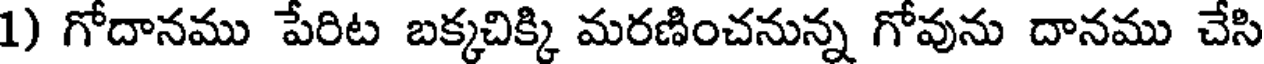
1) గోదానము పేరిట బక్కచిక్కి మరణించనున్న గోవును దానము చేసి